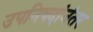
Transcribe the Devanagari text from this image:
उपनिषदांनंतर